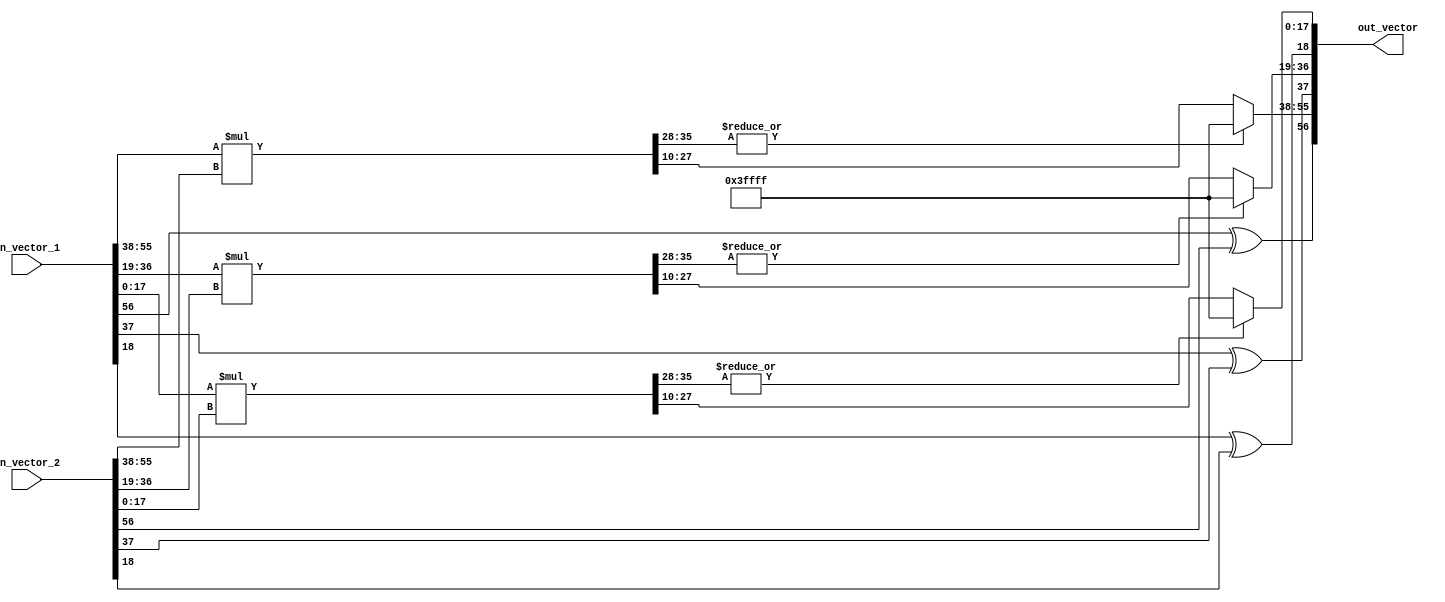
/*
     Hardware implementation of basic operations                      //  pg38  
     Vector-Vector Multiplication Implementation                      //  pg40, 41
     All (most) data types - 57 bits long                             //  pg16
     10 bit precision is being used                                   //  pg36
     ray = {x, y, z}                                                  //  concatenation   //pg40
     19 bits are signed fixed point numbers
     9 bits decimal + 10 bits fractional = 19 bits per dimension
     3*19 bits = 57 bits per coordinate
     VECTOR_WIDTH = 57
     SCALAR_WIDTH = 19
     Signed Fixed Point  = {Sign, Integer, Fraction}
     https://www.tutorialspoint.com/fixed-point-and-floating-point-number-representations
     https://www.tutorialspoint.com/negative-binary-numbers
     https://www.rapidtables.com/convert/number/binary-to-decimal.html
     https://www.lettercount.com/
*/


module signed_vector_vector_multiplication(in_vector_1, in_vector_2, out_vector);

  input  [56:0] in_vector_1, in_vector_2;
  output [56:0] out_vector;
  
  wire [18:0] x1, y1, z1;   //19 bits 
  wire [18:0] x2, y2, z2;

  //To hold the resultant vector's elements
  reg [36:0] out_x, out_y, out_z;         //37 bits to hold 37 bit result of [1 + (18*18)] bit product (19th bit is the sign bit)
  reg [35:0] temp_x, temp_y, temp_z;      //temp storage for magnitude only

  assign x1[18:0] = in_vector_1[56:38];   //in_vector_1
  assign y1[18:0] = in_vector_1[37:19];
  assign z1[18:0] = in_vector_1[18:0];
  assign x2[18:0] = in_vector_2[56:38];   //in_vector_2
  assign y2[18:0] = in_vector_2[37:19];
  assign z2[18:0] = in_vector_2[18:0];
 
  always @*
    begin : X_COMPONENT
      temp_x[35:0] = x1[17:0] * x2[17:0];  //multiplying magnitudes only

      //     +-----------------------------++-----------------------------------+
      //     |        SIGN BIT CASES       ||       XOR GATE TRUTH TABLE        |
      //     +-----------------------------++-----------------------------------+
      //     | x1[18] | x2[18] | out_x[18] ||     A     |     B     |     Y     |
      //     +--------+--------+-----------++-----------+-----------+-----------+
      //     |   0    |   0    |     0     ||     0     |     0     |     0     |
      //     |   0    |   1    |     1     ||     0     |     1     |     1     |
      //     |   1    |   0    |     1     ||     1     |     0     |     1     |
      //     |   1    |   1    |     0     ||     1     |     1     |     0     |
      //     +--------+--------+-----------++-----------+-----------+-----------+
      // 
      // 0 : +ve
      // 1 : -ve
      //
      // both tables are same 
      out_x[36] = x1[18] ^ x2[18];        //sign bit of resultant vector

      //assigning default min & max values
      //Reduction operator. Logical-ORs all bits from 35 to 28  with each other. Result is one bit wide
      //eg. 2.5*2.5 -> result = 6.25. if we can only hold upto value 4.05, we will assign it as 4.05 instead of 6.25   
      out_x[27:10] = {|temp_x[35:28]} ? {18{1'b1}} : temp_x[27:10];  
    end

  always @*
    begin : Y_COMPONENT
      temp_y[35:0] = y1[17:0] * y2[17:0];  //multiplying magnitudes only
      out_y[36] = y1[18] ^ y2[18];         //sign bit of resultant vector. Check table & comments from line 42-56
      out_y[27:10] = {|temp_y[35:28]} ? {18{1'b1}} : temp_y[27:10];  //handling overflows. Check comments from line 59-61
    end

  always @*
    begin : Z_COMPONENT
      temp_z[35:0] = z1[17:0] * z2[17:0];  //multiplying magnitudes only
      out_z[36] = z1[18] ^ z2[18];         //sign bit of resultant vector. Check table & comments from line 42-56
      out_z[27:10] = {|temp_z[35:28]} ? {18{1'b1}} : temp_z[27:10];  //handling overflows. Check comments from line 59-61      
    end

  assign out_vector[56:0] = {  {out_x[36],out_x[27:10]} , {out_y[36],out_y[27:10]} , {out_z[36],out_z[27:10]}  };   //{x,y,z} //pg  40 //line 6

endmodule